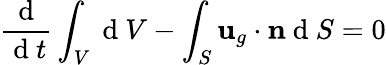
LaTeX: \frac{\mathrm{~d~}}{\mathrm{~d~}t}\int_{V}\mathrm{~d~}V-\int_{S}\textbf{u}_{g}\cdot\textbf{n}\mathrm{~d~}S=0